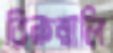
তিরুত্তালি